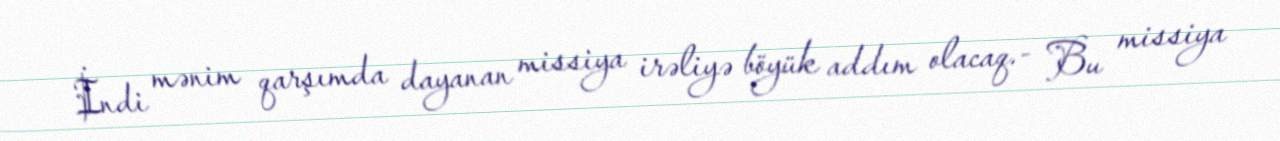
İndi mənim qarşımda dayanan missiya irəliyə böyük addım olacaq.- Bu missiya